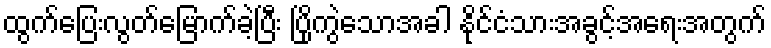
ထွက်ပြေးလွတ်မြောက်ခဲ့ပြီး ပြိုကွဲသောအခါ နိုင်ငံသားအခွင့်အရေးအတွက်